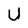
Character: U